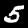
Digit: 5